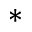
\ast